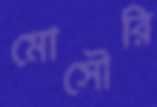
মোসৌরি